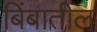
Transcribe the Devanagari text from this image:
बिंबातील